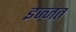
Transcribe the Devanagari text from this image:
इज्‍जत